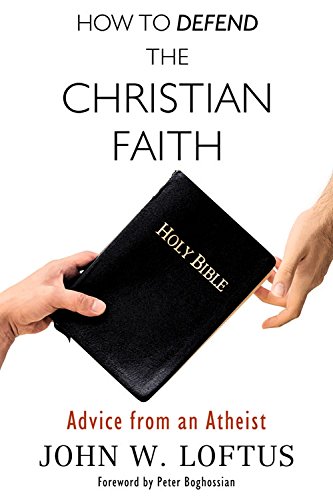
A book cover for How to Defend the Christian Faith: Advice from an Atheist; John W. Loftus; Politics & Social Sciences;